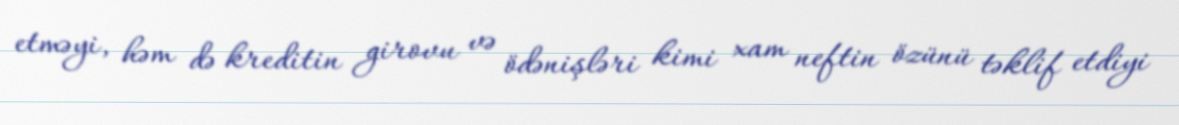
etməyi, həm də kreditin girovu və ödənişləri kimi xam neftin özünü təklif etdiyi